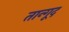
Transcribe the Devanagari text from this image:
तान्गूद